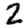
Digit: 2